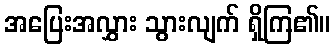
အပြေးအလွှား သွားလျက် ရှိကြ၏။